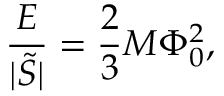
\frac { E } { | \tilde { S } | } = \frac { 2 } { 3 } M \Phi _ { 0 } ^ { 2 } ,